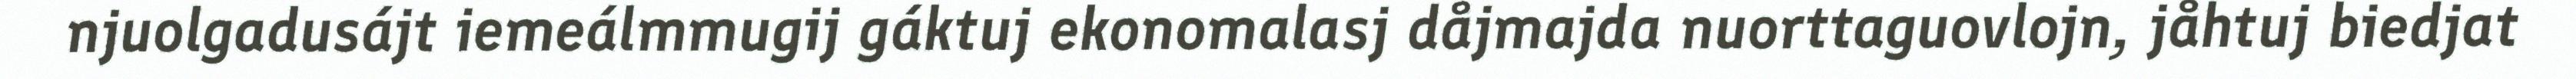
njuolgadusájt iemeálmmugij gáktuj ekonomalasj dåjmajda nuorttaguovlojn, jåhtuj biedjat